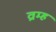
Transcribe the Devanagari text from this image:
व्रम्ह